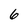
Character: 6